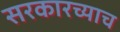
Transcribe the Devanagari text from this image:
सरकारच्याच